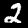
Digit: 2